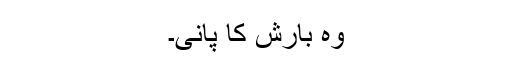
وہ بارش کا پانی۔